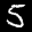
Label: 5